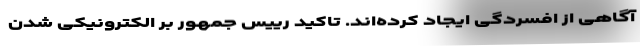
آگاهی از افسردگی ایجاد کرده‌اند. تاکید رییس جمهور بر الکترونیکی شدن